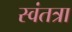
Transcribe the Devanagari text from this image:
स्वंतत्रा